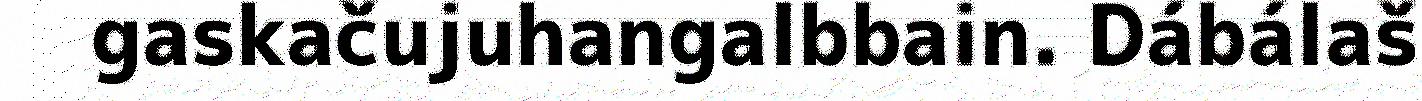
gaskačujuhangalbbain. Dábálaš